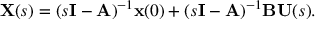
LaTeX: \mathbf { X } ( s ) = ( s \mathbf { I } - \mathbf { A } ) ^ { - 1 } \mathbf { x } ( 0 ) + ( s \mathbf { I } - \mathbf { A } ) ^ { - 1 } \mathbf { B } \mathbf { U } ( s ) .